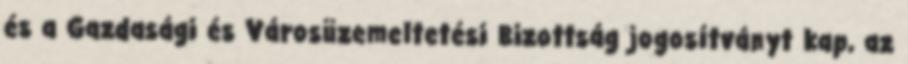
és a Gazdasági és Városüzemeltetési Bizottság jogosítványt kap, az